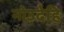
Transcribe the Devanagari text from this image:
नोउदेहि